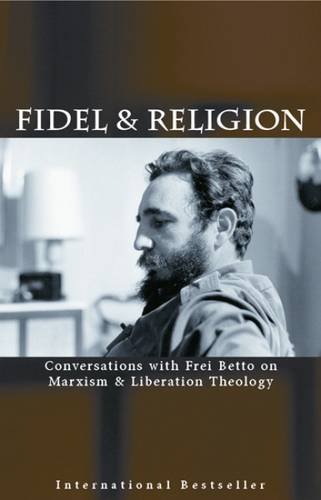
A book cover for Fidel & Religion: Conversations with Frei Betto on Marxism & Liberation Theology; Fidel Castro; Biographies & Memoirs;